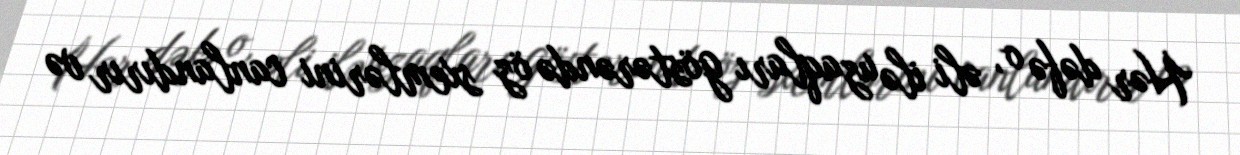
Hər dəfə o, əli ilə uzaqları göstərəndə öz sxemlərini canlandırır və